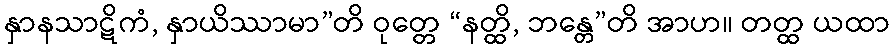
နှာနသာဋိကံ, နှာယိဿာမာ”တိ ဝုတ္တေ “နတ္ထိ, ဘန္တေ”တိ အာဟ။ တတ္ထ ယထာ